Report of the Imperial Institute of Veterinary Research, Muktesar
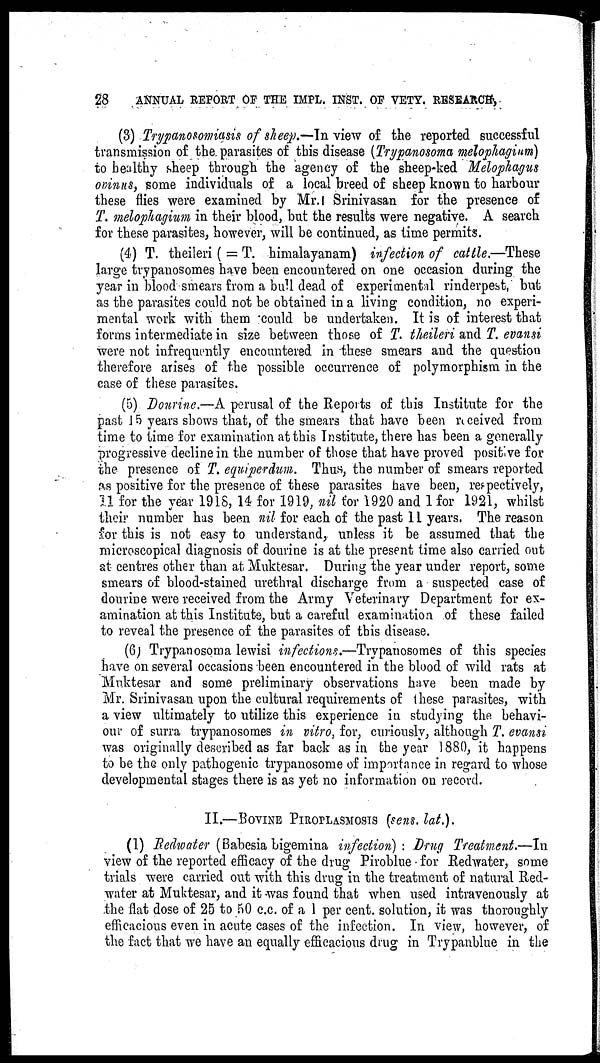
28
ANNUAL REPORT OF THE IMPL. INST. OF VETY. RESEARCH,
(3) Trypanosomiasis of sheep.—In view of the reported successful
transmission of the parasites of this disease (Trypanosoma melophagium)
to healthy sheep through the agency of the sheep-ked Melophagus
ovinus, some individuals of a local breed of sheep known to harbour
these flies were examined by Mr. Srinivasan for the presence of
T. melophagium in their blood, but the results were negative. A search
for these parasites, however, will be continued, as time permits.
(4) T. theileri ( = T. himalayanam) infection of cattle.—These
large trypanosomes have been encountered on one occasion during the
year in blood smears from a bull dead of experimental rinderpest, but
as the parasites could not be obtained in a living condition, no experi-
mental work with them could be undertaken. It is of interest that
forms intermediate in size between those of T. theileri and T. evansi
were not infrequently encountered in these smears and the question
therefore arises of the possible occurrence of polymorphism in the
case of these parasites.
(5) Dourine.—A perusal of the Reports of this Institute for the
past 15 years shows that, of the smears that have been received from
time to time for examination at this Institute, there has been a generally
progressive decline in the number of those that have proved positive for
the presence of T. equiperdum. Thus, the number of smears reported
as positive for the presence of these parasites have been, respectively,
11 for the year 1918, 14 for 1919, nil for 1920 and 1 for 1921, whilst
their number has been nil for each of the past 11 years. The reason
for this is not easy to understand, unless it be assumed that the
microscopical diagnosis of dourine is at the present time also carried out
at centres other than at Muktesar. During the year under report, some
smears of blood-stained urethral discharge from a suspected case of
dourine were received from the Army Veterinary Department for ex-
amination at this Institute, but a careful examination of these failed
to reveal the presence of the parasites of this disease.
(6) Trypanosoma lewisi infections.—Trypanosomes of this species
have on several occasions been encountered in the blood of wild rats at
Muktesar and some preliminary observations have been made by
Mr. Srinivasan upon the cultural requirements of these parasites, with
a view ultimately to utilize this experience in studying the behavi-
our of surra trypanosomes in vitro, for, curiously, although T. evansi
was originally described as far back as in the year 1880, it happens
to be the only pathogenic trypanosome of importance in regard to whose
developmental stages there is as yet no information on record.
II.—BOVINE PIROPLASMOSIS (sens. lat.).
(1) Redwater (Babesia bigemina infection): Drug Treatment.—In
view of the reported efficacy of the drug Piroblue for Redwater, some
trials were carried out with this drug in the treatment of natural Red-
water at Muktesar, and it was found that when used intravenously at
the flat dose of 25 to 50 c.c. of a 1 per cent. solution, it was thoroughly
efficacious even in acute cases of the infection. In view, however, of
the fact that we have an equally efficacious drug in Trypanblue in the